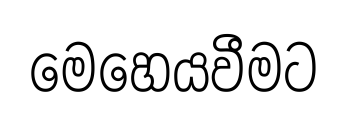
මෙහෙයවීමට